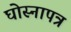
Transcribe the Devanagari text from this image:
घोस्नापत्र